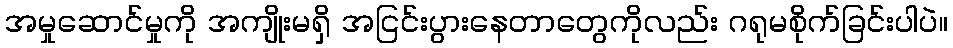
အမှုဆောင်မှုကို အကျိုးမရှိ အငြင်းပွားနေတာတွေကိုလည်း ဂရုမစိုက်ခြင်းပါပဲ။